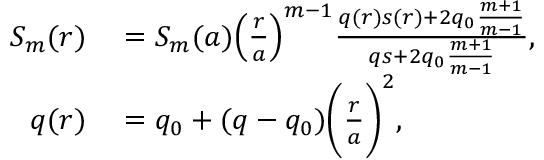
\begin{array} { r l } { S _ { m } ( r ) } & { { } = S _ { m } ( a ) \Big ( \frac { r } { a } \Big ) ^ { m - 1 } \frac { q ( r ) s ( r ) + 2 q _ { 0 } \frac { m + 1 } { m - 1 } } { q s + 2 q _ { 0 } \frac { m + 1 } { m - 1 } } , } \\ { q ( r ) } & { { } = q _ { 0 } + ( q - q _ { 0 } ) \bigg ( \frac { r } { a } \bigg ) ^ { 2 } , } \end{array}